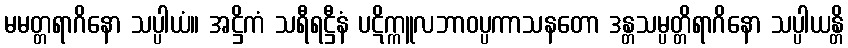
မမတ္တရာဂိနော သပ္ပါယံ။ အဋ္ဌိကံ သရီရဋ္ဌီနံ ပဋိက္ကူလဘာဝပ္ပကာသနတော ဒန္တသမ္ပတ္တိရာဂိနော သပ္ပါယန္တိ